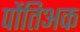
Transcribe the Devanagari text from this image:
पोंतिअक